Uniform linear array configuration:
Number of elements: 12
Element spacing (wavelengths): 0.5
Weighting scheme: hann
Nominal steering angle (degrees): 0
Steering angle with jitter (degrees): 0.9384
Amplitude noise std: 0.05
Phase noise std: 0.05

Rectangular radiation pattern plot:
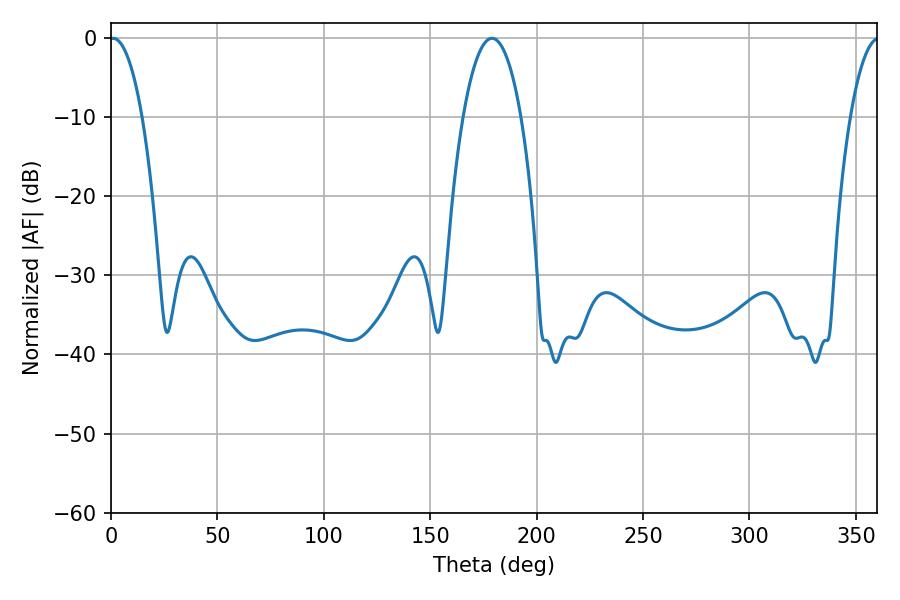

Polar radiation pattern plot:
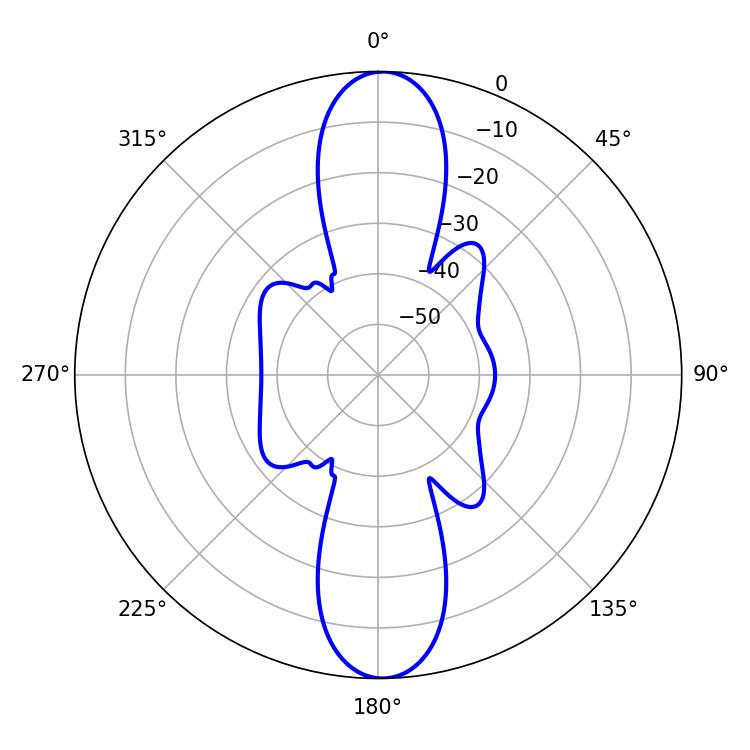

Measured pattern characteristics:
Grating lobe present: FALSE
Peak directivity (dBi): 23.072
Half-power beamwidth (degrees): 8.64
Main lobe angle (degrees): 0.9